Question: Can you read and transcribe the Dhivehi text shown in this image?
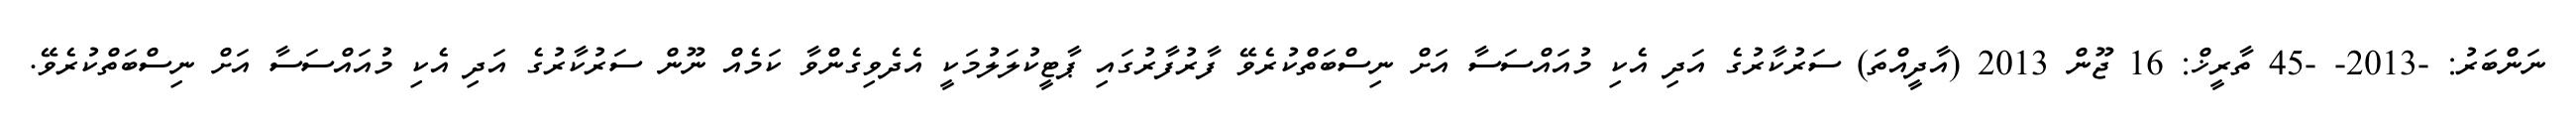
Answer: ނަންބަރު: -2013- -45 ތާރީޚް: 16 ޖޫން 2013 (އާދީއްތަ) ސަރުކާރުގެ އަދި އެކި މުއައްސަސާ އަށް ނިސްބަތްކުރެވޭ ފާރުފާރުގައި ޕާޓީކުލަލުމަކީ އެދެވިގެންވާ ކަމެއް ނޫން ސަރުކާރުގެ އަދި އެކި މުއައްސަސާ އަށް ނިސްބަތްކުރެވޭ.